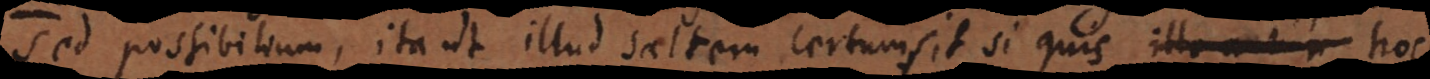
sed possibilium, ita ut illud saltem certum sit si quis hoc